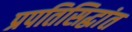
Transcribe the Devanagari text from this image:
प्रपतिसिद्धांत